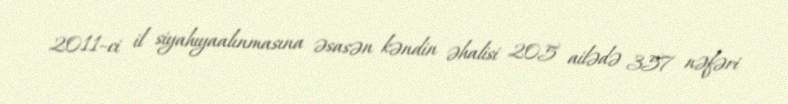
2011–ci il siyahıyaalınmasına əsasən kəndin əhalisi 205 ailədə 357 nəfəri